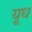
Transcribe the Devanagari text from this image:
यूध